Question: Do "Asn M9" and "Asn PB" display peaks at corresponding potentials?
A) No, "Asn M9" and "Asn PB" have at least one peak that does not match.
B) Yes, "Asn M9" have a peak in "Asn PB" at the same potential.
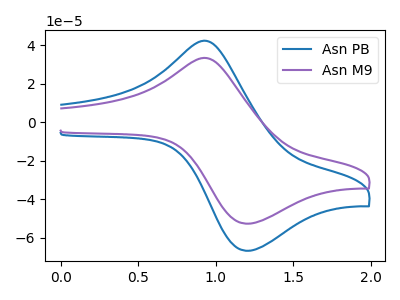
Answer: <think>The blue curve "Asn PB" has an anodic peak at (0.95V, 42.05uA) and a cathodic peak at (1.20V, -66.80uA). The purple curve "Asn M9" has an anodic peak at (0.95V, 33.20uA) and a cathodic peak at (1.20V, -52.70uA).</think>
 <answer>B) Yes, "Asn M9" have a peak in "Asn PB" at the same potential.</answer>
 <eval>B</eval>